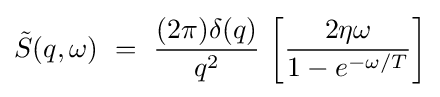
{\tilde {S}}(q,\omega )\ =\ {\frac {(2\pi )\delta (q)}{q^{2}}}\,\left[{\frac {2\eta \omega }{1-e^{-\omega /T}}}\right]